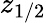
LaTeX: z_{1/2}